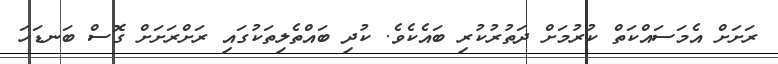
ރަށަށް އެމަސައްކަތް ކުރުމަށް ދަތުރުކުރި ބައެކެވެ. ކުދި ބައްތެލިތަކުގައި ރަށްރަށަށް ގޮސް ބަނޑަހަ